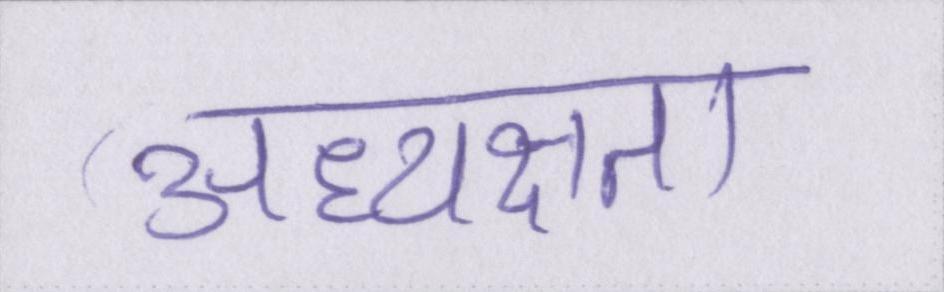
अध्यक्षता